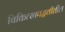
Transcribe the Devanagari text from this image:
चिकित्सापद्धतीतील